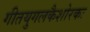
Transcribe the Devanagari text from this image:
गीतयुगलकैशोरकः